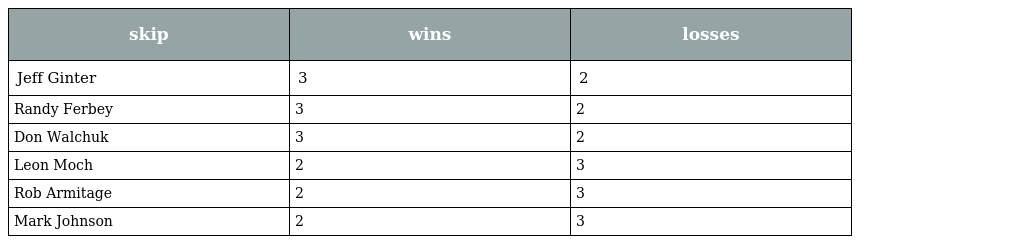
| skip | wins | losses |
 | --- | --- | --- |
 | Jeff Ginter | 3 | 2 |
 | Randy Ferbey | 3 | 2 |
 | Don Walchuk | 3 | 2 |
 | Leon Moch | 2 | 3 |
 | Rob Armitage | 2 | 3 |
 | Mark Johnson | 2 | 3 |